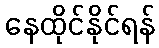
နေထိုင်နိုင်ရန်